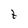
Character: t